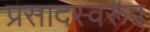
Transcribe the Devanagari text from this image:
प्रसादस्‍वरूप